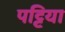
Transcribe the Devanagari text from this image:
पट्टिया